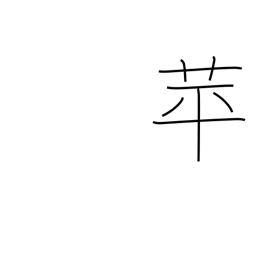
Meaning: duckweed